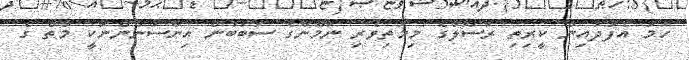
ހަމަ އެފަދައިން ކީރިތި ރަސޫލާގެ މިމަތިވެރި ނަމޫނާގެ ސަބަބުން އިންސާނުންނަކީ މާތް ގެ